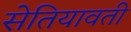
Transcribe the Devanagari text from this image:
सेतियावती